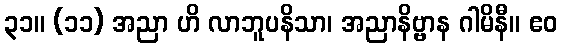
၃၁။ (၁၁) အညာ ဟိ လာဘူပနိသာ၊ အညာနိဗ္ဗာန ဂါမိနီ။ ဧဝ